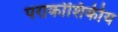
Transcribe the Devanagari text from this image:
पराकोशिकीय